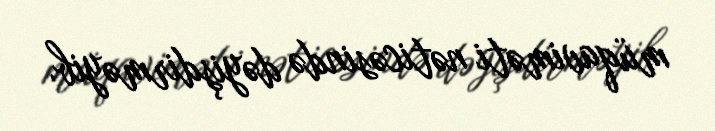
müqaviməti nəticəsində dəyişdirməyib.